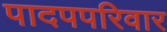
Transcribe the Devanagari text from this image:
पादपपरिवार